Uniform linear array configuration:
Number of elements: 4
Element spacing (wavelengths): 0.25
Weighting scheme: exponential
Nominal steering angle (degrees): -60
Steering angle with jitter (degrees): -61.713
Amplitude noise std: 0.05
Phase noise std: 0.05

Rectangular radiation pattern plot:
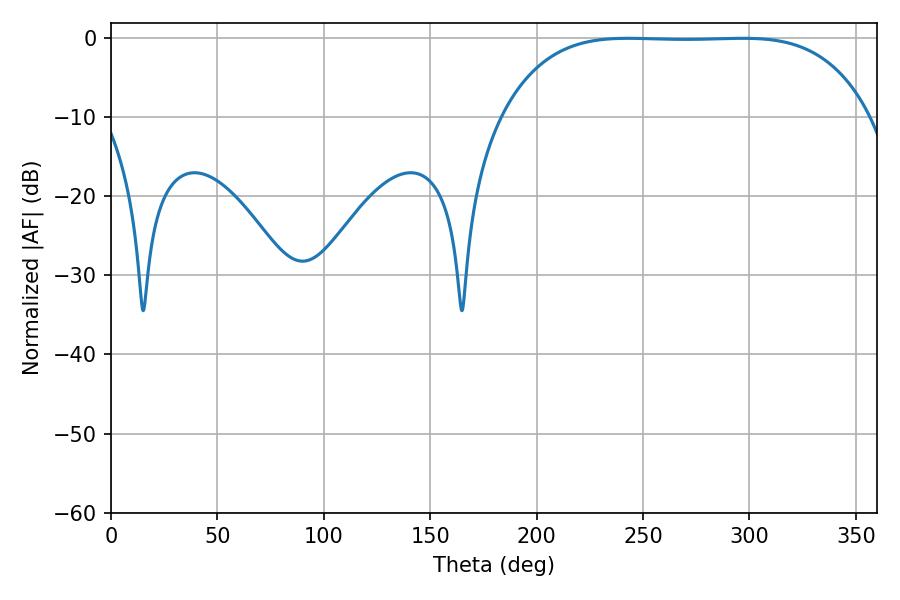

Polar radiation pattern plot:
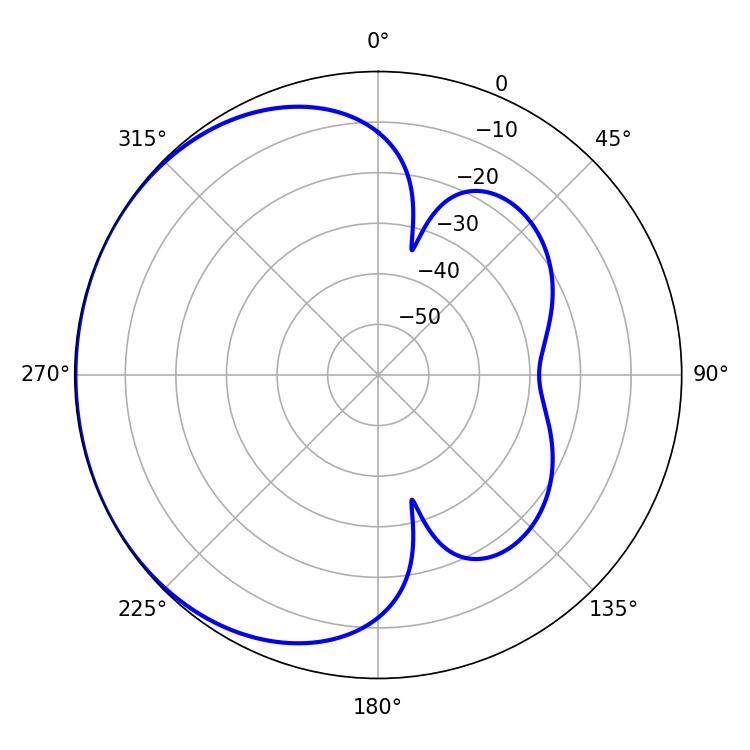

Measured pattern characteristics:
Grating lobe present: FALSE
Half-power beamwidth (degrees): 133.2
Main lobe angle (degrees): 243